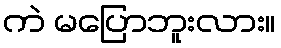
ကဲ မပြောဘူးလား။